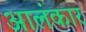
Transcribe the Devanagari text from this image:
आलंकार